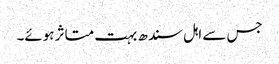
جس سے اہل سندھ بہت متاثر ہوئے۔